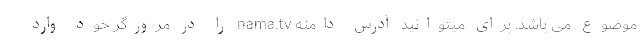
موضوع می باشد. برای میتوانید آدرس دامنه nama.tv را در مرورگر خود وارد